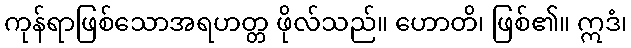
ကုန်ရာဖြစ်သောအရဟတ္တ ဖိုလ်သည်။ ဟောတိ၊ ဖြစ်၏။ ဣဒံ၊